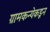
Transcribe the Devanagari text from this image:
ग्रामकन्येकडून